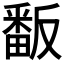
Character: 𭻫